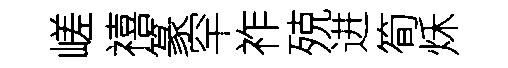
嵯禧篆罕祚殑进筍秌